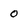
Character: O